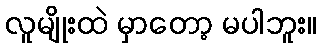
လူမျိုးထဲ မှာတော့ မပါဘူး။